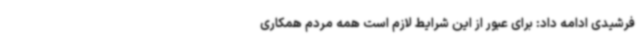
فرشیدی ادامه داد: برای عبور از این شرایط لازم است همه مردم همکاری